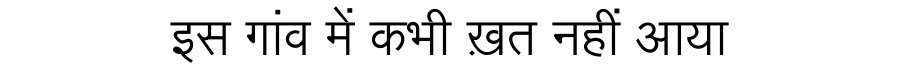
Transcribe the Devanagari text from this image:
इस गांव में कभी ख़त नहीं आया